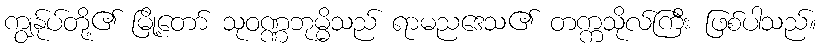
ကျွန်ုပ်တို့၏ မြို့တော် သုဝဏ္ဏဘုမ္မိသည် ရာမညဒေသ၏ တက္ကသိုလ်ကြီး ဖြစ်ပါသည်။